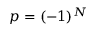
p = ( - 1 ) ^ { N }